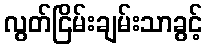
လွတ်ငြိမ်းချမ်းသာခွင့်